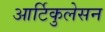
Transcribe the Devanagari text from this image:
आर्टिकुलेसन